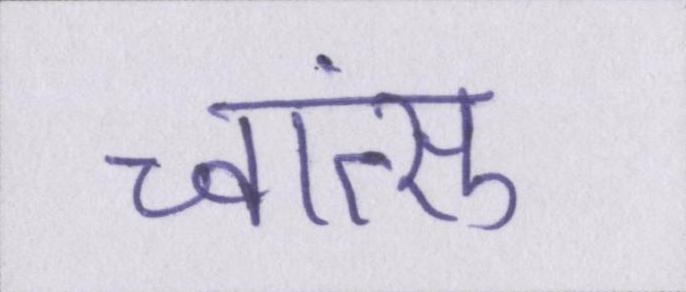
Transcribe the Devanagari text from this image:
च्वांत्सु